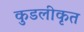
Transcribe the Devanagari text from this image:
कुडलीकृत